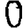
Digit: 0